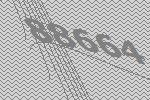
88664